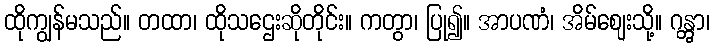
ထိုကျွန်မသည်။ တထာ၊ ထိုသဌေးဆိုတိုင်း။ ကတွာ၊ ပြု၍။ အာပဏံ၊ အိမ်ဈေးသို့။ ဂန္တွာ၊